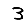
Digit: 3